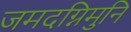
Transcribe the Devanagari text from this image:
जमदग्निमुनि